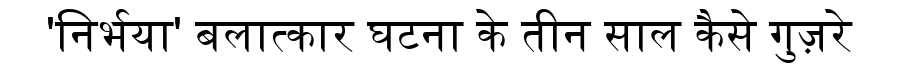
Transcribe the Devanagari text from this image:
'निर्भया' बलात्कार घटना के तीन साल कैसे गुज़रे